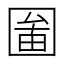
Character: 𡈄